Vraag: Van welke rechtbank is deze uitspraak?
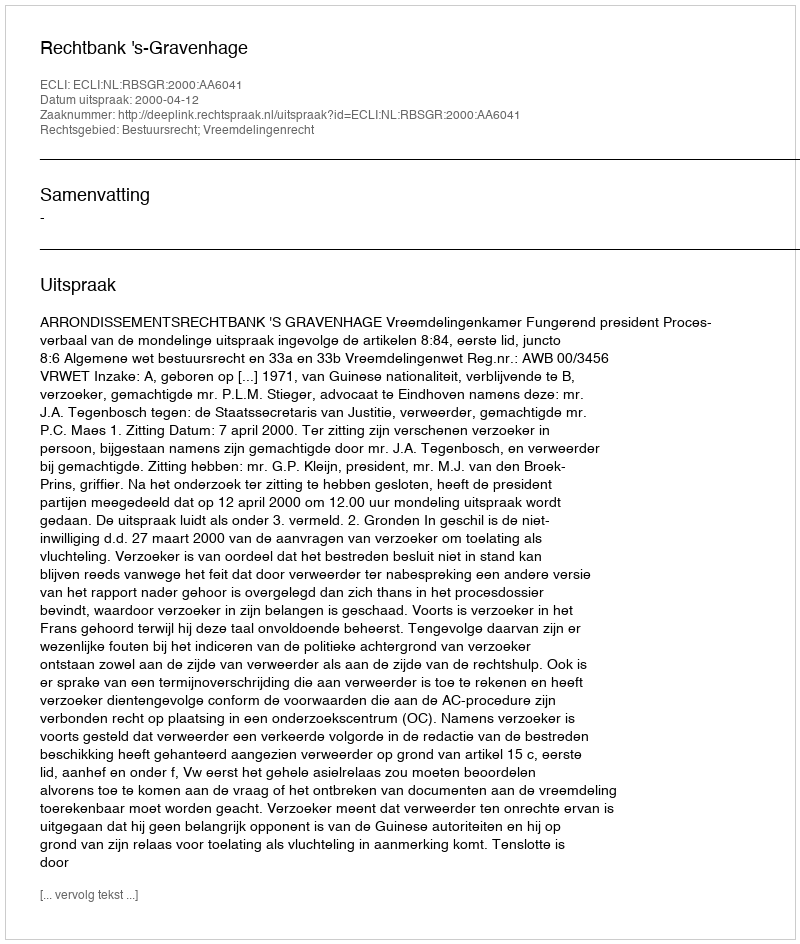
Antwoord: Rechtbank 's-Gravenhage